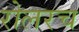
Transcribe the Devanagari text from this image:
रोलरच